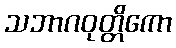
သဘာဂဝုတ္တိကော